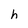
Character: h